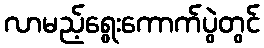
လာမည့်ရွေးကောက်ပွဲတွင်